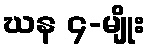
ဃန ၄-မျိုး